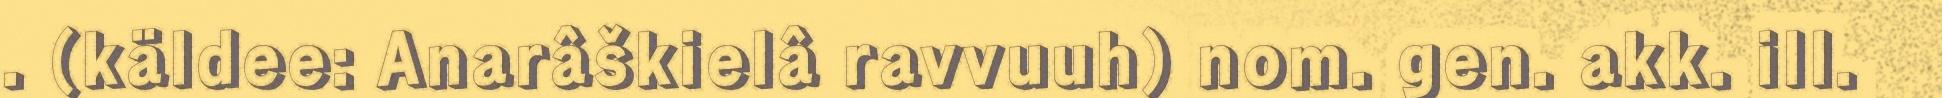
. (käldee: Anarâškielâ ravvuuh) nom. gen. akk. ill.